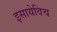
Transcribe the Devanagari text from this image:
इसायेविच